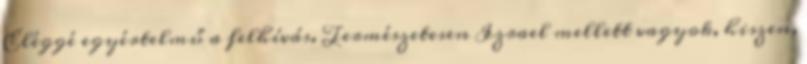
Eléggé egyértelmű a felhívás. Természetesen Izrael mellett vagyok, hiszen,